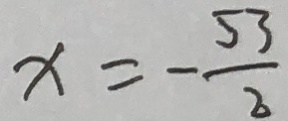
x = - \frac { 5 3 } { 2 }